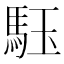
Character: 𩢤